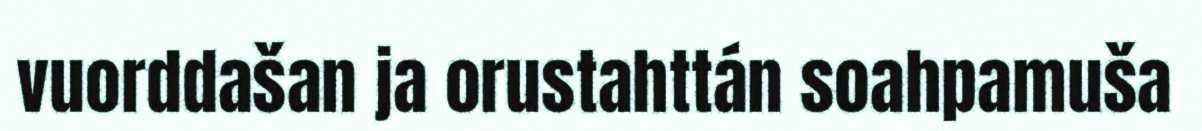
vuorddašan ja orustahttán soahpamuša